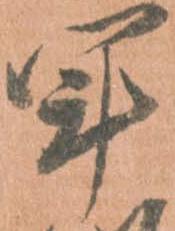
軍